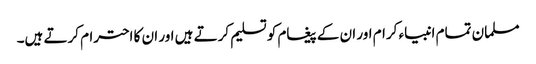
مسلمان تمام انبیاء کرام اور ان کے پیغام کو تسلیم کرتے ہیں اور ان کا احترام کرتے ہیں۔